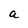
Character: a